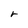
Character: r